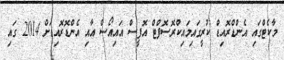
މާކެޓްގައި އެންޑްރޮއިޑް ކުރީގައިމައިކްރޮސޮފްޓް އޮފީސް އައިއޯސް އާއި އެންޑޮރޮއިޑަށް 2014 ގައި